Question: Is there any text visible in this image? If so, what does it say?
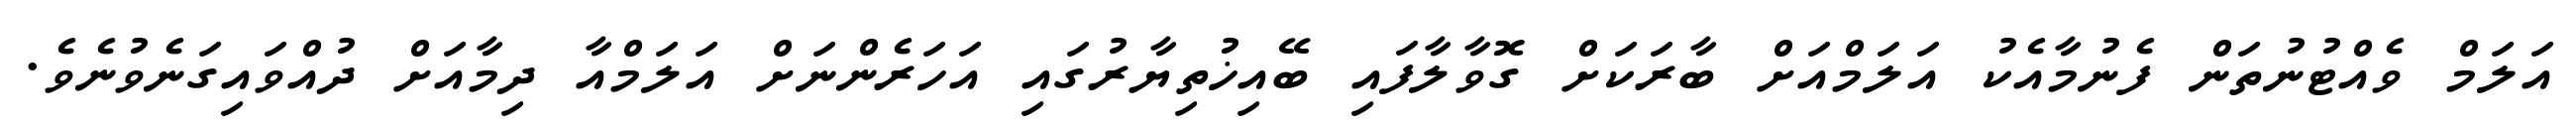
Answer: އަލަމް ވެއްޓުނުތަން ފެނުމާއެކު އަލަމްއަށް ބާރަކަށް ގޮވާލާފައި ބޭއިޚުތިޔާރުގައި އަހަރެންނަށް އަލަމްއާ ދިމާއަށް ދުއްވައިގަނެވުނެވެ.